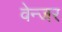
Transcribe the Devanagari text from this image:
वेन्जर